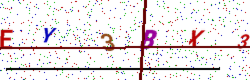
Text: EY3BX3